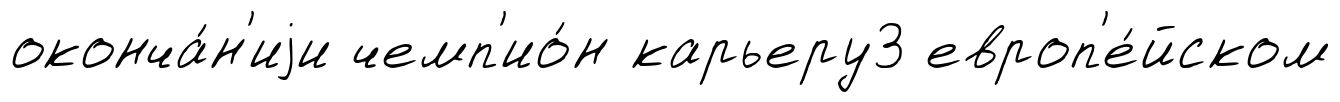
оконча́н'иjи чемп'ио́н карьеру3 европ'е́йском